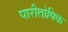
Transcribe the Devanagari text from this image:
पारीतोषिक